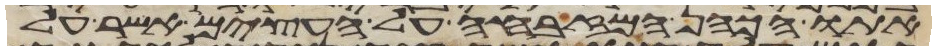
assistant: אתו הכהן המזבחה על העצים אשר על